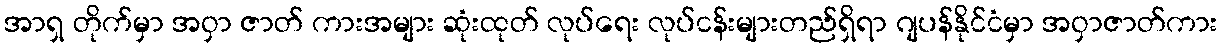
အာရှ တိုက်မှာ အဝှာ ဇာတ် ကားအများ ဆုံးထုတ် လုပ်ရေး လုပ်ငန်းများတည်ရှိရာ ဂျပန်နိုင်ငံမှာ အဝှာဇာတ်ကား